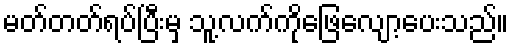
မတ်တတ်ရပ်ပြီးမှ သူ့လက်ကိုဖြေလျော့ပေးသည်။